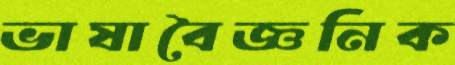
ভাষাবৈজ্ঞনিক